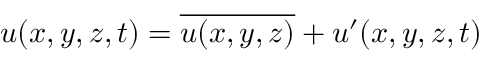
u ( x , y , z , t ) = { \overline { { u ( x , y , z ) } } } + u ^ { \prime } ( x , y , z , t )